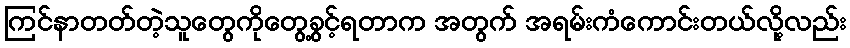
ကြင်နာတတ်တဲ့သူတွေကိုတွေ့ခွင့်ရတာက အတွက် အရမ်းကံကောင်းတယ်လို့လည်း